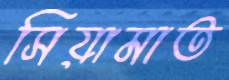
সিয়ামাত